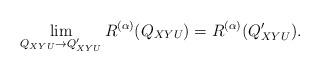
LaTeX: \begin{align*}\lim_{Q_{XYU}\to Q_{XYU}'}R^{(\alpha)}(Q_{XYU})=R^{(\alpha)}(Q_{XYU}').\end{align*}